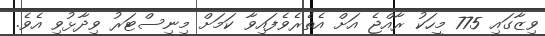
ވިޒާގައި 775 މީހަކު ރާއްޖެ އަށް އެތެރެވެފައިވާ ކަމަށް މިނިސްޓަރު ވިދާޅުވި އެވެ.